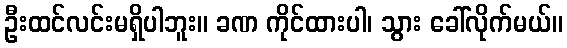
ဦးထင်လင်းမရှိပါဘူး။ ခဏ ကိုင်ထားပါ၊ သွား ခေါ်လိုက်မယ်။